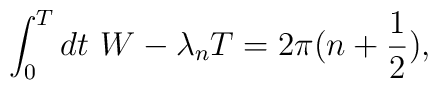
\int_0^{T} dt\,\, W - \lambda_n T = 2\pi (n + \frac{1}{2}),